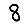
Digit: 8